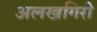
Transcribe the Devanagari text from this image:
अलखगिरी